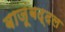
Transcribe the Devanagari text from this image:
बाजूंबद्दल